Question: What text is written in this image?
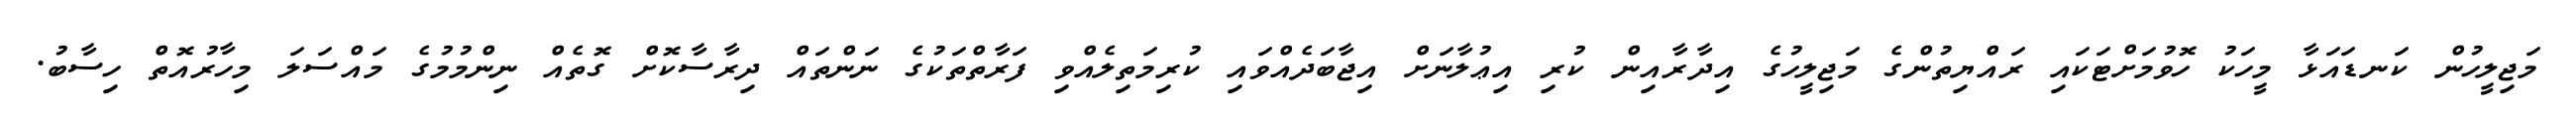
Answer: މަޖިލީހުން ކަނޑައަޅާ މީހަކު ހޮވުމަށްޓަކައި ރައްޔިތުންގެ މަޖިލީހުގެ އިދާރާއިން ކުރި އިޢުލާނަށް އިޖާބަދެއްވައި ކުރިމަތިލެއްވި ފަރާތްތަކުގެ ނަންތައް ދިރާސާކޮށް ގޮތެއް ނިންމުމުގެ މައްސަލަ މިހާރުއޮތް ހިސާބު.